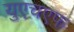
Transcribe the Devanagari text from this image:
युएचएफ